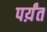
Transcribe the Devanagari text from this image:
पर्य़ंत